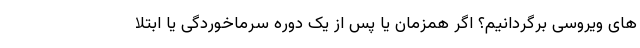
‌های ویروسی برگردانیم؟ اگر همزمان یا پس از یک دوره سرماخوردگی یا ابتلا